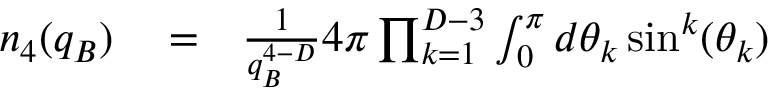
\begin{array} { r l r } { n _ { 4 } ( q _ { B } ) } & { { } = } & { \frac { 1 } { q _ { B } ^ { 4 - D } } 4 \pi \prod _ { k = 1 } ^ { D - 3 } \int _ { 0 } ^ { \pi } d \theta _ { k } \sin ^ { k } ( \theta _ { k } ) } \end{array}